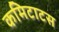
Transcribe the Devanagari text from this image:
कमिटाटस